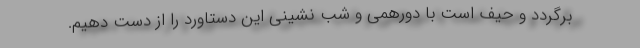
برگردد و حیف است با دورهمی و شب نشینی این دستاورد را از دست دهیم.